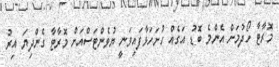
މޮރާޓާ ހޯދުމަށް އެންމެ ބޮޑު އަގެއް ހުށަހަޅާފައިވަނީ ޔުވެންޓަސްއަށް މޮރާޓާ ގެންދިޔަ އިރު